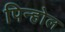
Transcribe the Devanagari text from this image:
पिन्होल